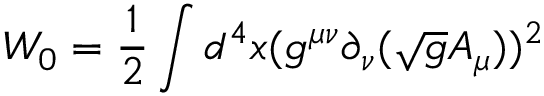
W _ { 0 } = \frac { 1 } { 2 } \int d ^ { 4 } x ( g ^ { \mu \nu } \partial _ { \nu } ( \sqrt { g } A _ { \mu } ) ) ^ { 2 }